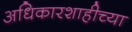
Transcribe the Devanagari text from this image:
अधिकारशाहीच्या